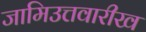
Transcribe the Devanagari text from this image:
जामिउत्तवारीख